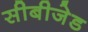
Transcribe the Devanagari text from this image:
सीबीजेड